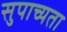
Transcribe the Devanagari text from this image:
सुपाच्यता